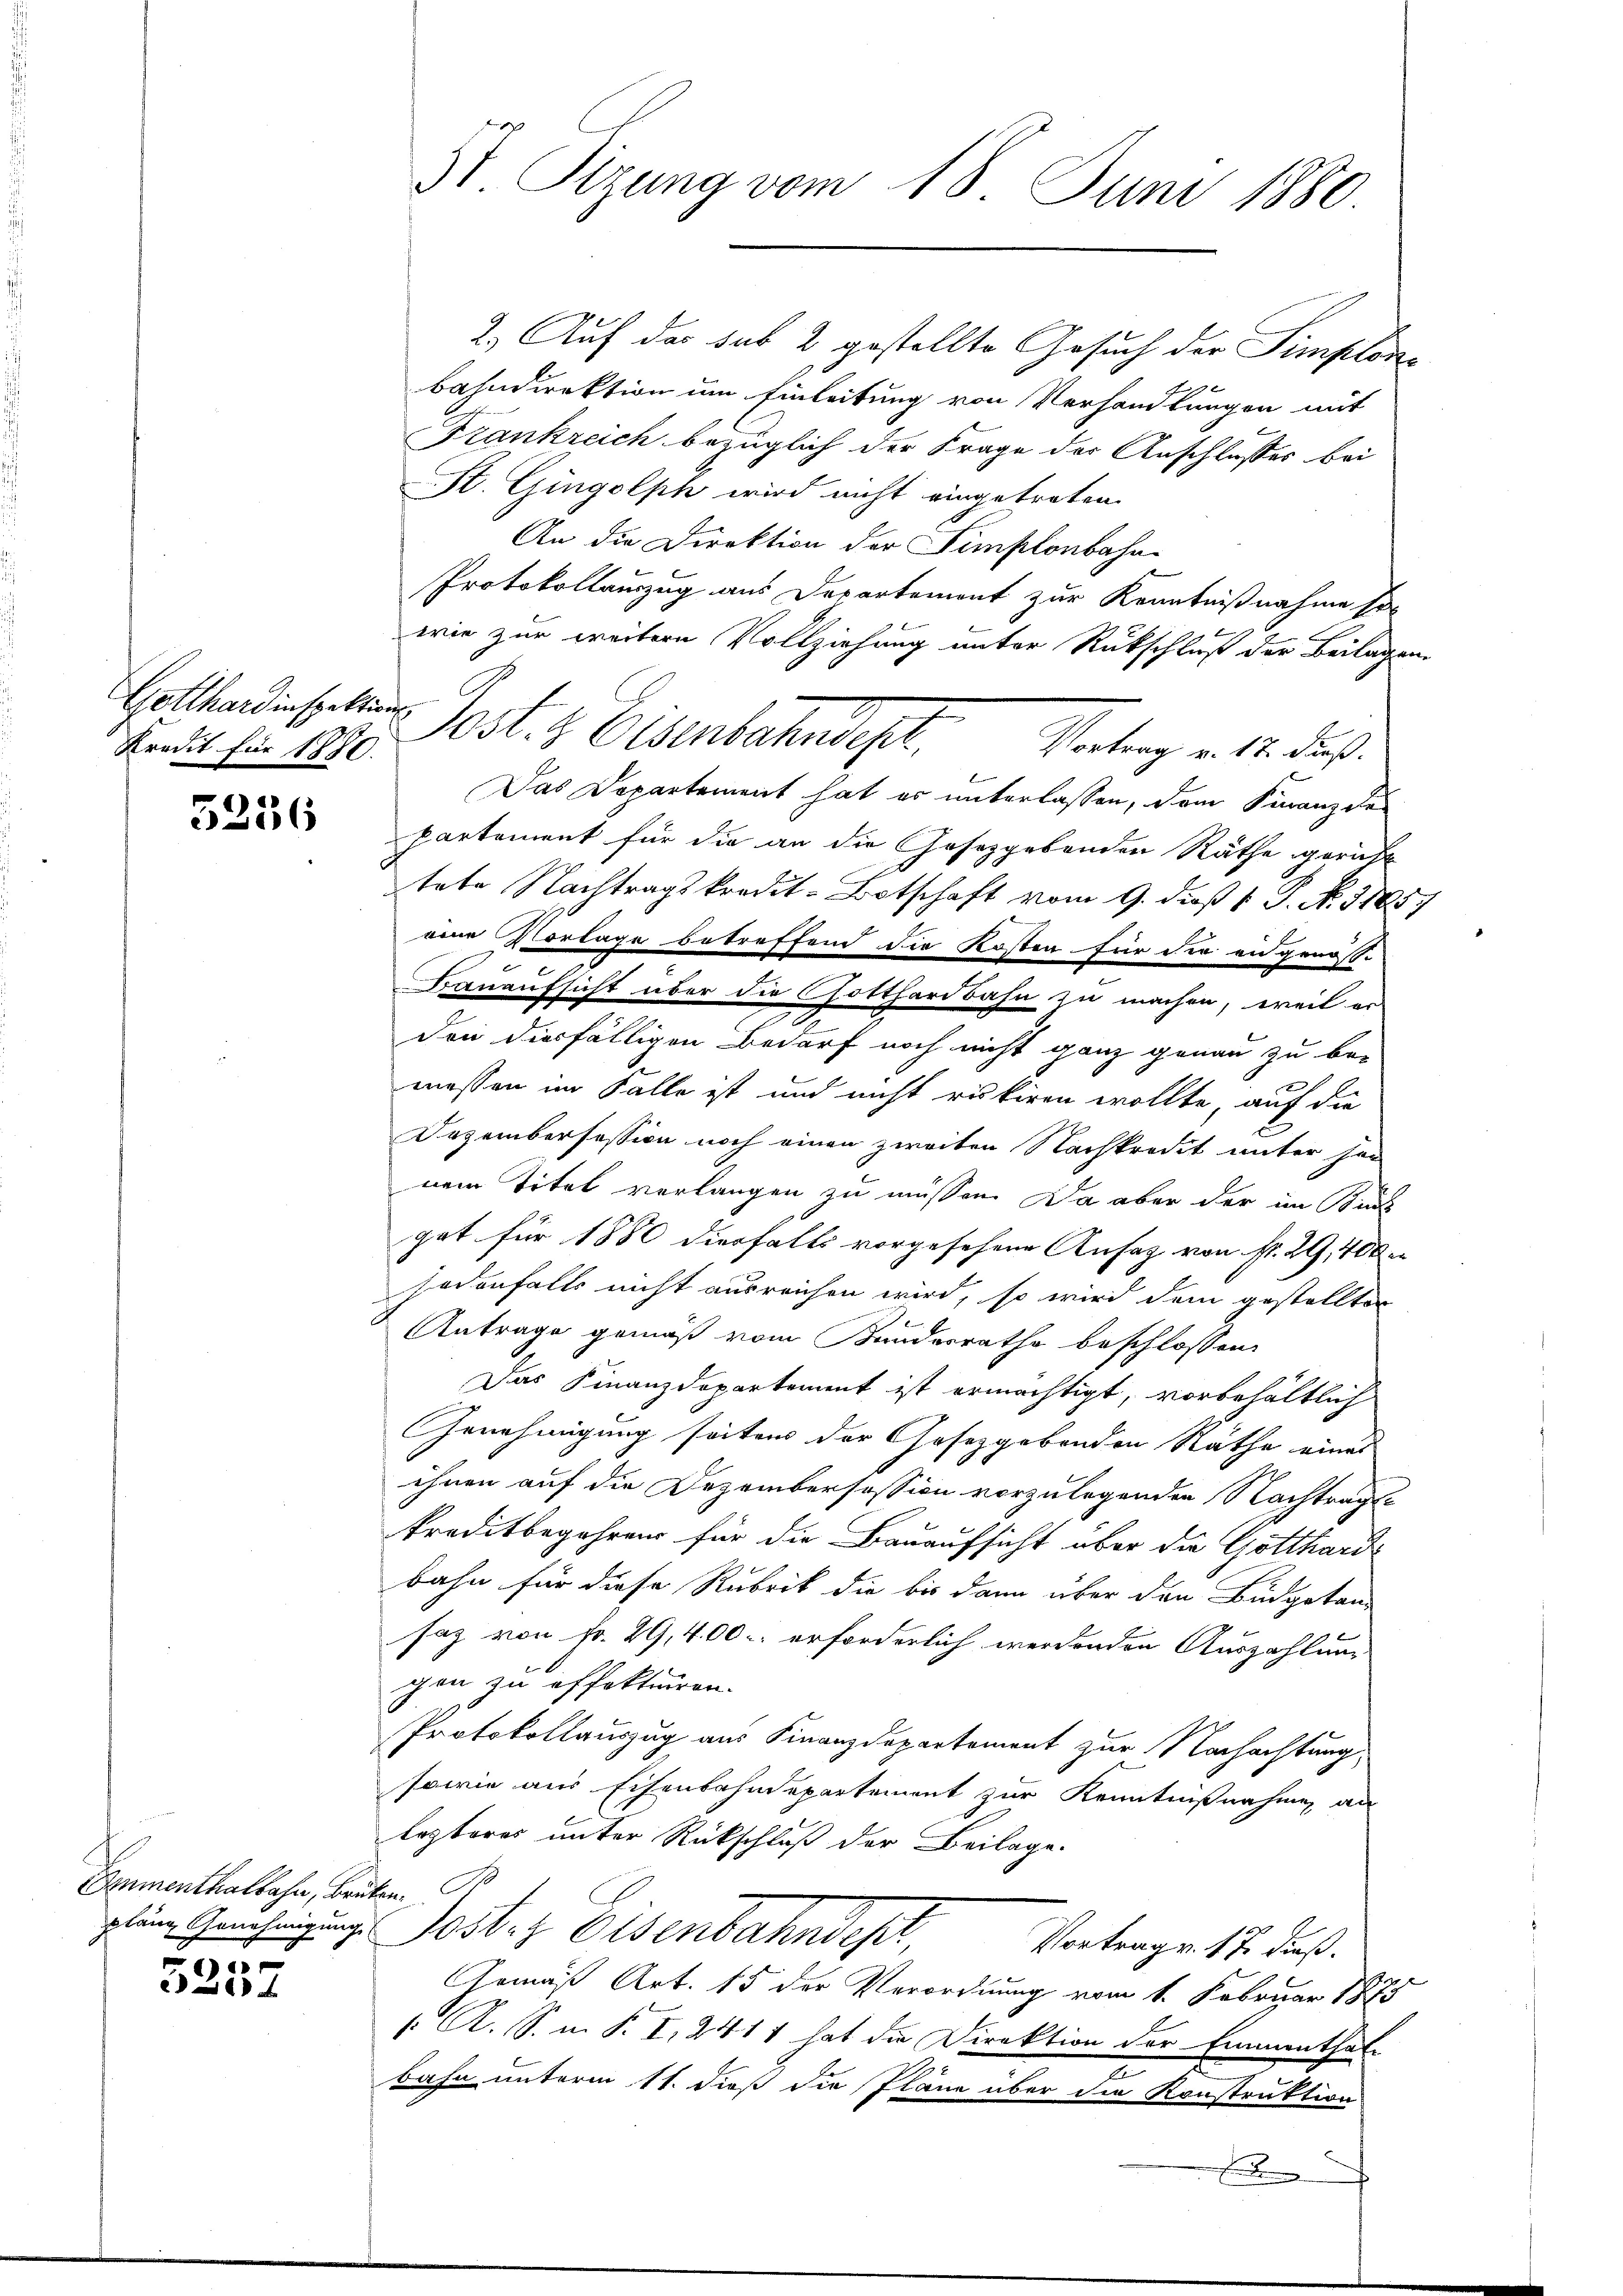
Getthardinspektion
Kredit für 1880.

5236

Dimenthalbahn, Brüplang Genehmigung
3

3t. Sizung vom 18. Juni 1880

2.) Auf der sub 2 gestellte Gesuch der Simplon-
x
bahndirektion um Einleitung von Verhandlungen mit
Frankreich bezüglich der Frage der Anschlusses bei
St. Gingolph wird nicht eingetreten.
An die Direktion der Simplonbahn¬
Protokollauszug aus Departement zur Kenntnißnahme so
wie zur weitere Vollziehung unter Rückschluß der Beilagen
ost. Eisenbahndept.
Vortrag v. 17. dieß.
l
Das Departement hat er unterlassen, dem Kuranz de
Partement für die an die Gesetzgebenden Räthe gericht
tete Nachtragskredit-Botschaft vom 9. dieß 1 S. N. 1185.
eine Vorlage betreffend die Kosten für die angenöss-
Bauaufsicht über die Gotthardbahn zu machen, weil er
Den diesfälligen Bedarf noch nicht ganz genau zu bemessen im Falle ist und nicht rukiren wollte, auf die
Dezembersession noch einen zweiten Nachkredit unter her
nem Titel verlangen zu müssen. Da aber der im Sind
gat für 1880 diesfalls vorgesehene Ansaz von fr. 29, 400
sodenfalls nicht ausreichen wird, so wird dem gestellten
Antrage gemäß vom Bundesrathe beschlossen:
Das Finanzdepartement ist ermächtigt, vorbehältlich
Genehmigung seiten der Gesetzgebenden Räthe eines
ihnen auf die Dezembersession vorzulegenden Nachtrage
kreditbegehren für die Bauaufsicht über die Gotthardbahn für diese Rubrik die bis dann über den Büdgetan-
saz von Fr. 29, 400. erforderlich werdenden Auszahlung
gen zu offektiren.
Protokollauszug aus Finanzdepartement zur Nachachtung
sowie aus Eisenbahndepartement zur Kenntnißnahmen an
lezteres unter Rückschluß der Beilage.
.
Jester Eisenbahndepl
Vortrag v. 17. dieß.
Gemäß Art. 15 der Verordnung vom 1. Februar 1873
/: A. S. i. B. I, 2411 hat die Direktion der Emmenthal-
bahn unterm 11. dieß die Pläne über die Konstruktion
.

G